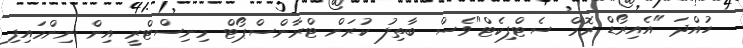
ހުއްދަ "އެއިރޯޑް ރޮމް ސެޓްފިކެޓް"ވެސް ބާތިލު ކުރަން ޓްރާންސްޕޯޓް މިނިސްޓްރީ އިން ނިންމައިފި